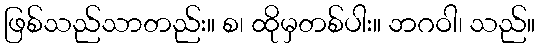
ဖြစ်သည်သာတည်း။ စ၊ ထိုမှတစ်ပါး။ ဘဂဝါ၊ သည်။